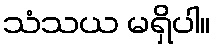
သံသယ မရှိပါ။